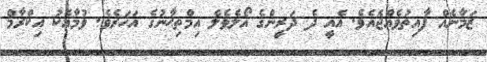
ޒަމާނެއް ފާއިތުވެއްޖެއެވެ. އެއީ ދެ ދަރީންގެ އޯލެވެލް އިމްތިޙާނުގެ އަހަރެވެ. ވުމާއެކު އިކްރާމް